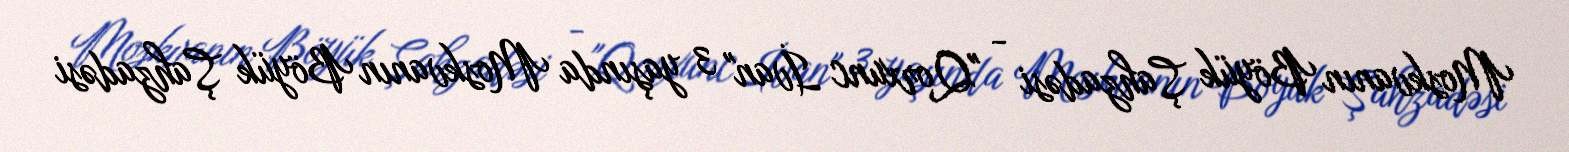
Moskvanın Böyük Şahzadəsi - "Qorxunc İvan" 3 yaşında Moskvanın Böyük Şahzadəsi